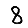
Digit: 8